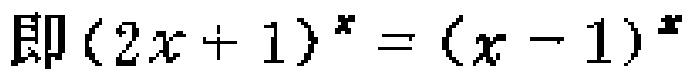
即\((2x + 1)^x = (x - 1)^x\)